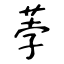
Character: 荸